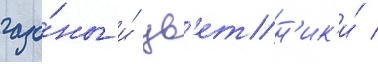
газо́ны и́ цв'етн'ик'и́ /